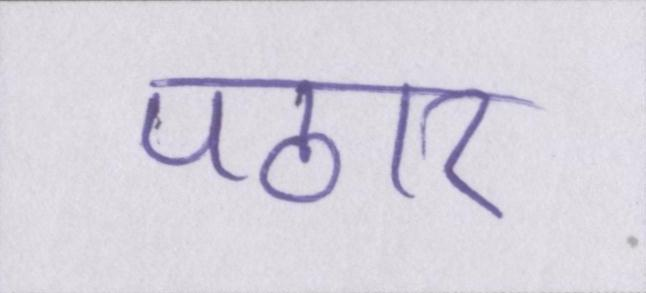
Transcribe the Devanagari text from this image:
पठार